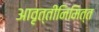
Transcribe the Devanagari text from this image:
आवृत्तीनिमित्त